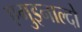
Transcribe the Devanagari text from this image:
एगुइनाल्दो